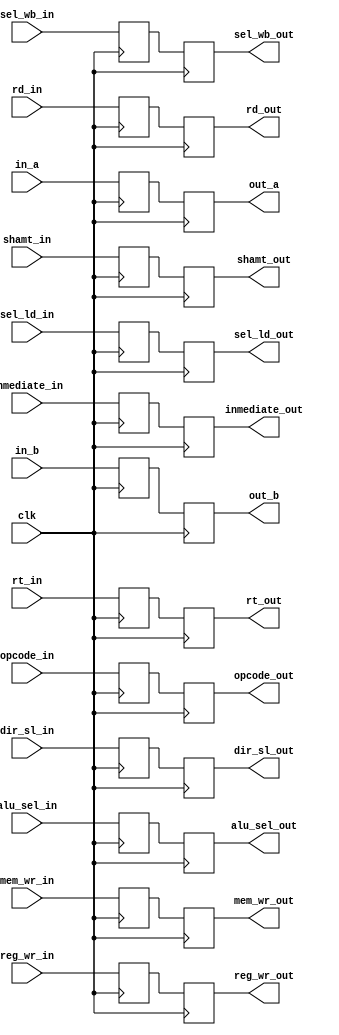
`timescale 1ns / 1ps

module registro_id_ex (
    clk,
    in_a,
    in_b,
    out_a,
    out_b,
    shamt_in,
    shamt_out,
    rd_in, rt_in,
    rd_out, rt_out,
    inmediate_in,
    inmediate_out,
    // Seales de control
	 opcode_in,opcode_out,
    dir_sl_in, alu_sel_in, sel_wb_in,
	 dir_sl_out, alu_sel_out, sel_wb_out,
	 mem_wr_in, reg_wr_in,
	 mem_wr_out, reg_wr_out,
	 sel_ld_in, sel_ld_out
	 
	 
    );

input wire clk;
input wire [4:0] opcode_in;
output reg [4:0] opcode_out;
input wire [31:0] in_a, in_b;
output reg [31:0] out_a, out_b;
input wire [31:0] shamt_in;
output reg [31:0] shamt_out;
input wire [3:0] rd_in, rt_in;
output reg [3:0] rd_out, rt_out;
input wire [31:0] inmediate_in;
output reg [31:0] inmediate_out;
input wire mem_wr_in, reg_wr_in, sel_wb_in,sel_ld_in, dir_sl_in;
output reg mem_wr_out, reg_wr_out, sel_wb_out,sel_ld_out, dir_sl_out;
input wire [1:0]  alu_sel_in;
output reg [1:0]  alu_sel_out;

// Intermedios de las seales
reg mem_wr, reg_wr, sel_wb,sel_ld,dir_sl;
reg [1:0] alu_sel;



// Registros intermedios
reg [4:0] opcode;
reg [31:0] a,b;
reg [31:0] shamt;
reg [3:0] rd, rt;
reg [31:0] inmediate;

////////////////////

always @(posedge clk)
begin
    opcode <= opcode_in;
    a <= in_a;
    b <= in_b;
    shamt <= shamt_in;
    rd <= rd_in;
    rt <= rt_in;
    inmediate <= inmediate_in;
    mem_wr <= mem_wr_in;
    reg_wr <= reg_wr_in;
    dir_sl <= dir_sl_in;
    alu_sel <= alu_sel_in;
    sel_wb <= sel_wb_in;
	 sel_ld<=sel_ld_in;
end

always @(negedge clk)
begin
    opcode_out = opcode;
    out_a <= a;
    out_b <= b;
    shamt_out <= shamt;
    rd_out <= rd;
    rt_out <= rt;
    inmediate_out <= inmediate;
    mem_wr_out <= mem_wr;
    reg_wr_out <= reg_wr;
    dir_sl_out <= dir_sl;
    alu_sel_out <= alu_sel;
    sel_wb_out <= sel_wb;
	 sel_ld_out<=sel_ld;
end
endmodule